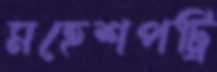
মহেশপট্রি